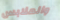
والملابس